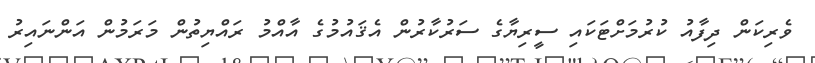
ވެރިކަން ދިފާއު ކުރުމަށްޓަކައި ސީރިޔާގެ ސަރުކާރުން އެޤައުމުގެ އާއްމު ރައްޔިތުން މަރަމުން އަންނައިރު